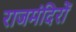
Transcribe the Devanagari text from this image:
राजमंदिरों